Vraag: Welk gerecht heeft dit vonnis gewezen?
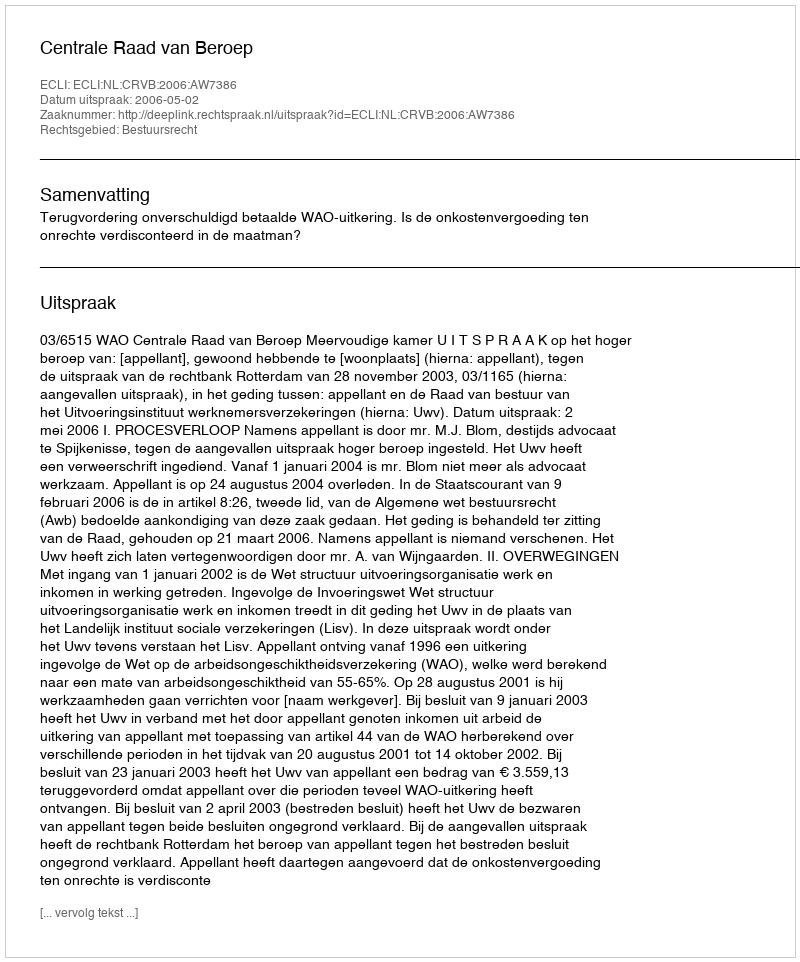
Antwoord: Centrale Raad van Beroep